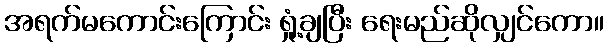
အရက်မကောင်းကြောင်း ရှုံ့ချပြီး ရေးမည်ဆိုလျှင်ကော။